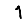
Digit: 1